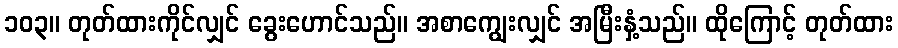
၁၀၃။ တုတ်ထားကိုင်လျှင် ခွေးဟောင်သည်။ အစာကျွေးလျှင် အမြီးနှံ့သည်။ ထိုကြောင့် တုတ်ထား